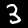
Digit: 3